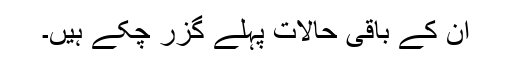
ان کے باقی حالات پہلے گزر چکے ہیں۔